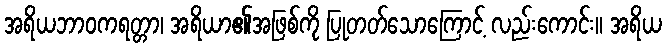
အရိယဘာဝကရတ္တာ၊ အရိယာ၏အဖြစ်ကို ပြုတတ်သောကြောင့် လည်းကောင်း။ အရိယ